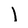
Character: l